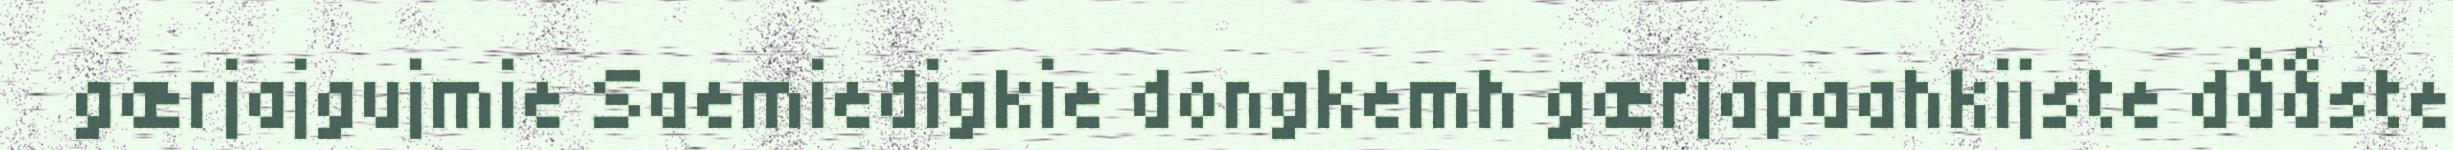
gærjajgujmie Saemiedigkie dongkemh gærjapaahkijste dååste